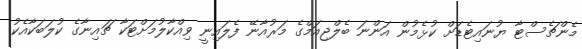
މެންޗެސްޓާ ޔުނައިޓެޑަށް ކުޅެމުން އަންނަ ބެލްޖިއަމްގެ މަރުއާނޭ ފެލައިނީ ވިއްކާލުމަށްޓަކާ ޗައިނާގެ ކުލަބަކާއެކު